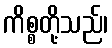
ကိစ္စတို့သည်၊